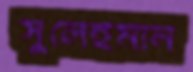
সুলেইমান